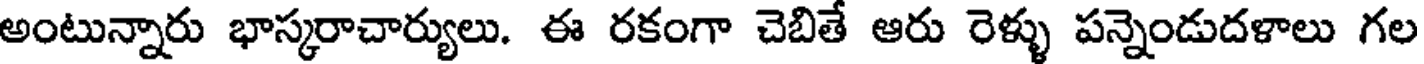
అంటున్నారు భాస్కరాచార్యులు. ఈ రకంగా చెబితే ఆరు రెళ్ళు పన్నెండుదళాలు గల